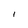
Character: I